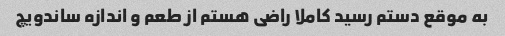
به موقع دستم رسید کاملا راضی هستم از طعم و اندازه ساندویچ